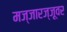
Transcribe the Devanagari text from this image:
मज्जारज्जूवर